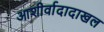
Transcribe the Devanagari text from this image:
आशीर्वादादाखल